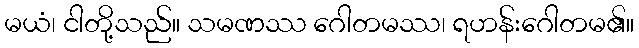
မယံ၊ ငါတို့သည်။ သမဏဿ ဂေါတမဿ၊ ရဟန်းဂေါတမ၏။